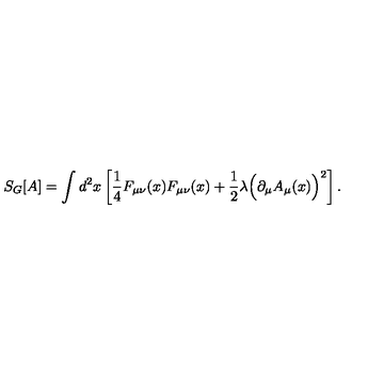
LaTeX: S _ { G } [ A ] = \int d ^ { 2 } x \left[ \frac { 1 } { 4 } F _ { \mu \nu } ( x ) F _ { \mu \nu } ( x ) + \frac { 1 } { 2 } \lambda \Big ( \partial _ { \mu } A _ { \mu } ( x ) \Big ) ^ { 2 } \right] .